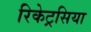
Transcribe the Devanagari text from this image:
रिकेट्रसिया